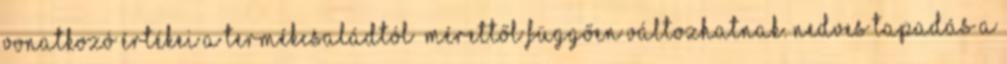
vonatkozó értékei a termékcsaládtól mérettől függően változhatnak. Nedves tapadás A